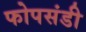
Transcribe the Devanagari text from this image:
फोपसंडी